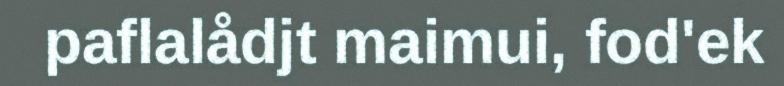
paflalådjt maimui, fod'ek